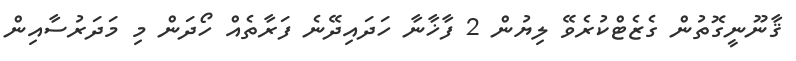
ޤާނޫނީގޮތުން ގެޒެޓްކުރެވޭ ލިޔުން 2 ފާޚާނާ ހަދައިދޭނެ ފަރާތެއް ހޯދަން މި މަދަރުސާއިން